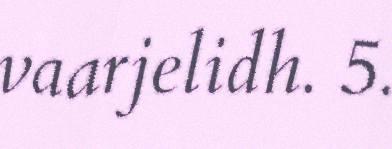
vaarjelidh. 5.